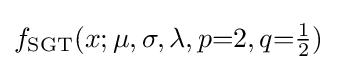
f_{\text{SGT}}(x;\mu ,\sigma ,\lambda ,p{=}2,q{=}{\tfrac {1}{2}})